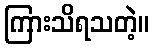
ကြားသိရသတဲ့။